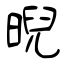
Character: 晲